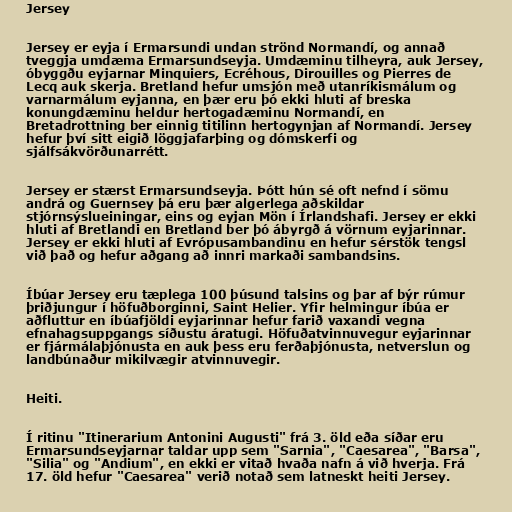
Jersey

Jersey er eyja í Ermarsundi undan strönd Normandí, og annað
tveggja umdæma Ermarsundseyja. Umdæminu tilheyra, auk Jersey,
óbyggðu eyjarnar Minquiers, Ecréhous, Dirouilles og Pierres de
Lecq auk skerja. Bretland hefur umsjón með utanríkismálum og
varnarmálum eyjanna, en þær eru þó ekki hluti af breska
konungdæminu heldur hertogadæminu Normandí, en
Bretadrottning ber einnig titilinn hertogynjan af Normandí. Jersey
hefur því sitt eigið löggjafarþing og dómskerfi og
sjálfsákvörðunarrétt.

Jersey er stærst Ermarsundseyja. Þótt hún sé oft nefnd í sömu
andrá og Guernsey þá eru þær algerlega aðskildar
stjórnsýslueiningar, eins og eyjan Mön í Írlandshafi. Jersey er ekki
hluti af Bretlandi en Bretland ber þó ábyrgð á vörnum eyjarinnar.
Jersey er ekki hluti af Evrópusambandinu en hefur sérstök tengsl
við það og hefur aðgang að innri markaði sambandsins.

Íbúar Jersey eru tæplega 100 þúsund talsins og þar af býr rúmur
þriðjungur í höfuðborginni, Saint Helier. Yfir helmingur íbúa er
aðfluttur en íbúafjöldi eyjarinnar hefur farið vaxandi vegna
efnahagsuppgangs síðustu áratugi. Höfuðatvinnuvegur eyjarinnar
er fjármálaþjónusta en auk þess eru ferðaþjónusta, netverslun og
landbúnaður mikilvægir atvinnuvegir.

Heiti.

Í ritinu "Itinerarium Antonini Augusti" frá 3. öld eða síðar eru
Ermarsundseyjarnar taldar upp sem "Sarnia", "Caesarea", "Barsa",
"Silia" og "Andium", en ekki er vitað hvaða nafn á við hverja. Frá
17. öld hefur "Caesarea" verið notað sem latneskt heiti Jersey.